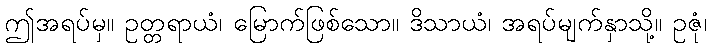
ဤအရပ်မှ။ ဥတ္တရာယံ၊ မြောက်ဖြစ်သော။ ဒိသာယံ၊ အရပ်မျက်နှာသို့။ ဥဇုံ၊